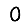
Digit: 0